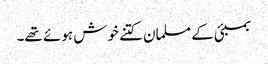
بمبئی کے مسلمان کتنے خوش ہوئے تھے۔